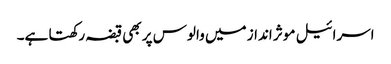
اسرائیل موثر انداز میں والوس پر بھی قبضہ رکھتا ہے۔